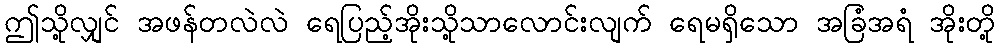
ဤသို့လျှင် အဖန်တလဲလဲ ရေပြည့်အိုးသို့သာလောင်းလျက် ရေမရှိသော အခြံအရံ အိုးတို့